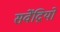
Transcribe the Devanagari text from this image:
सर्वेंद्रियों